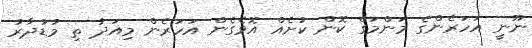
ނޫނީ އަހަރެންގެ މަންމަގެ ކޮން ކުށެއް އޮވެގެން އަހަރެން މިއަދު ތި މުޑުދާރު